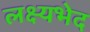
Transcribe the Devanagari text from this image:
लक्ष्यभेद